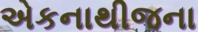
એકનાથીજના